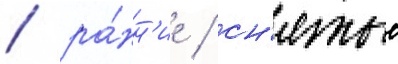
/ ра́нн'ие / сн'ятые